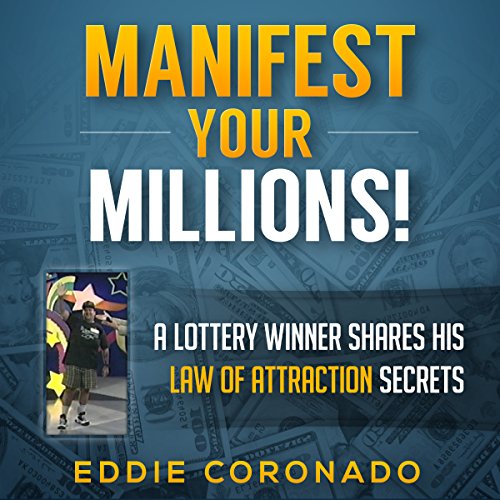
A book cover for Manifest Your Millions!: A Lottery Winner Shares his Law of Attraction Secrets; Eddie Coronado; Politics & Social Sciences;